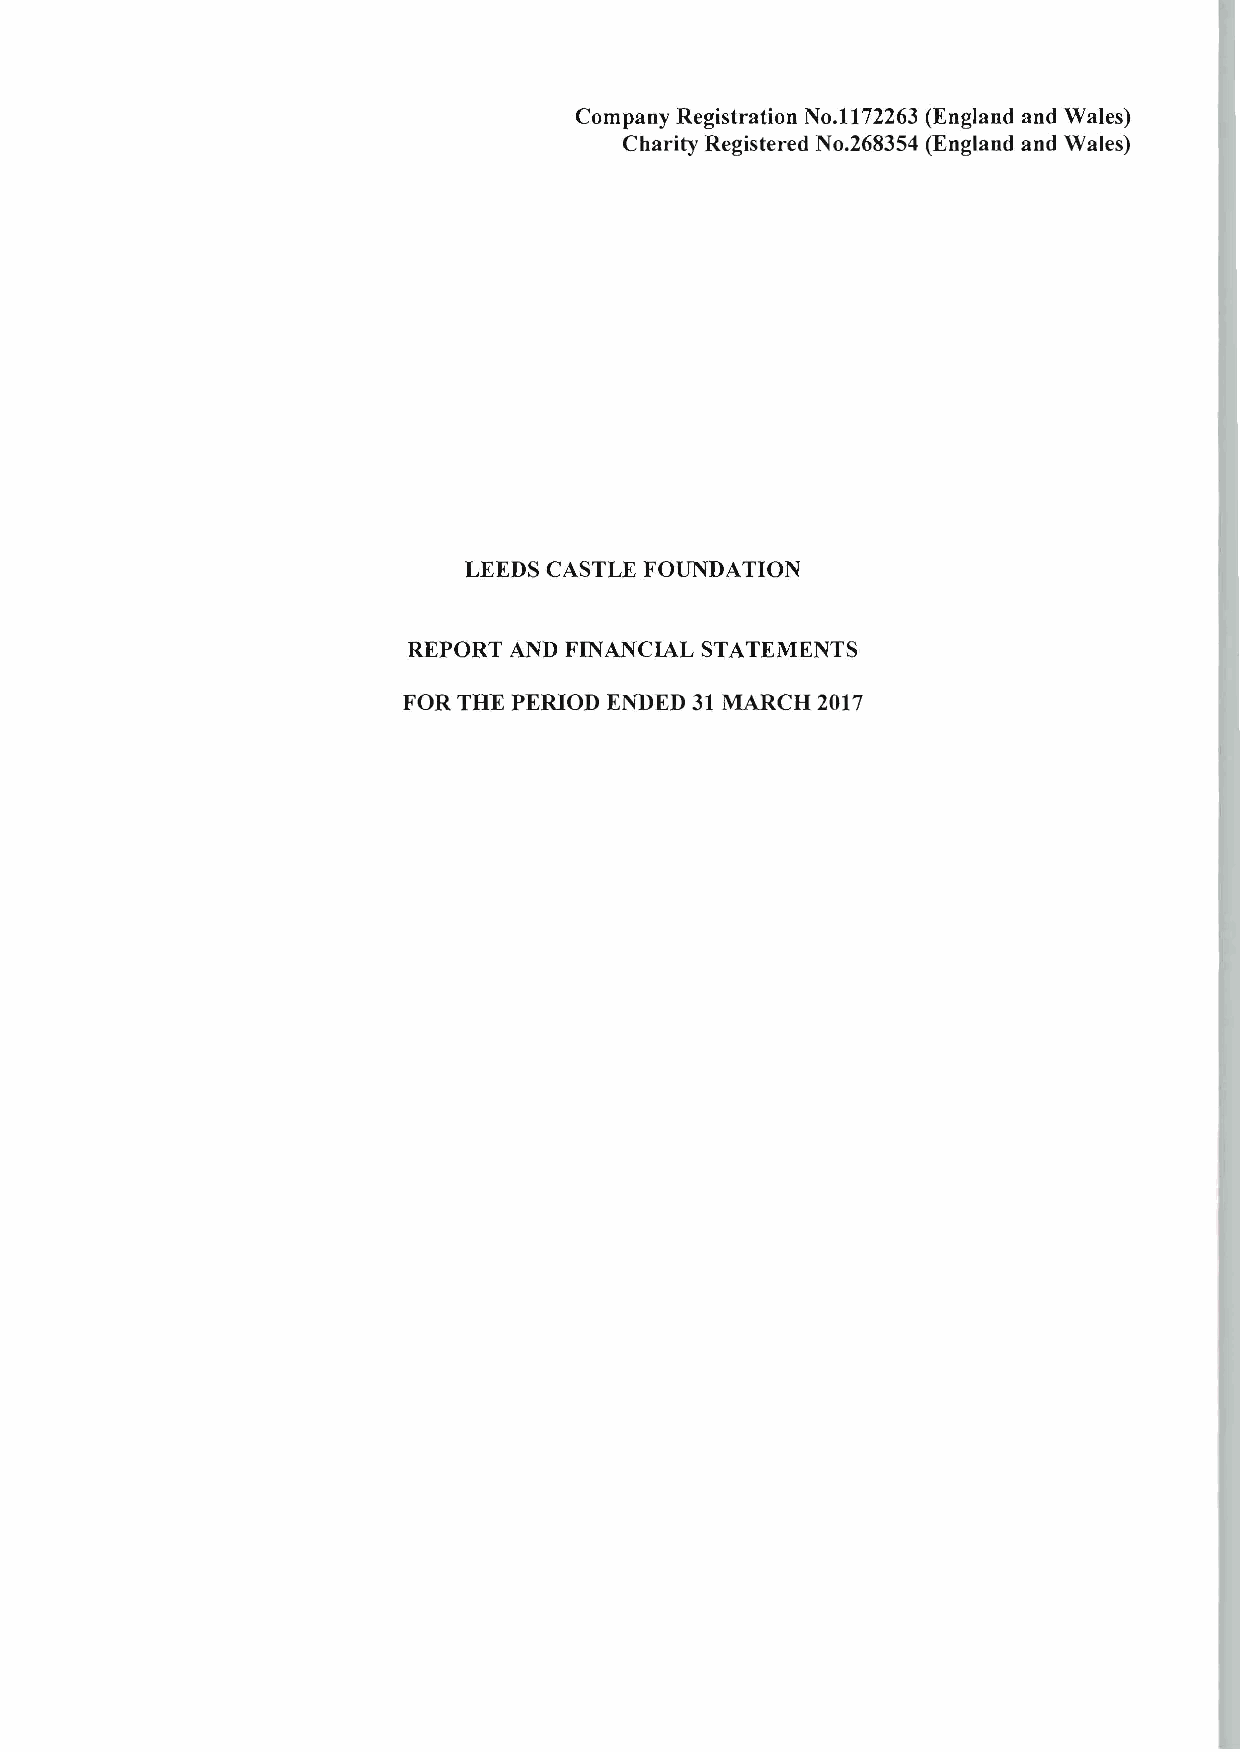
Company Registration No.1l72263 (England and Wales)
 Charity Registered No.268354 (England and Wales)
 LEEDS CASTLE FOUNDATION
 REPORT AND FINANCIAL STATEMENTS
 FOR THE PERIOD ENDED 31 MARCH 2017